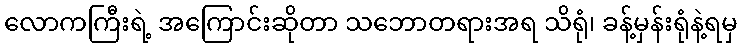
လောကကြီးရဲ့ အကြောင်းဆိုတာ သဘောတရားအရ သိရုံ၊ ခန့်မှန်းရုံနဲ့ရမှ